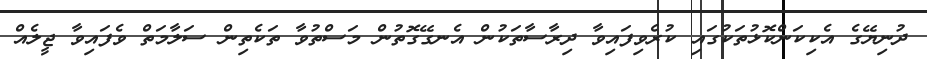
ދުނިޔޭގެ އެކިކަންކޮޅުތަކުގައި ކުރެވިފައިވާ ދިރާސާތަކުން އެނގޭގޮތުން މަސްތުވާ ތަކެތިން ސަލާމަތް ވެފައިވާ ޖީލެއް